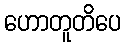
ဟောတူတိပေ